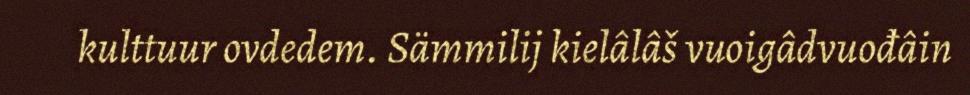
kulttuur ovdedem. Sämmilij kielâlâš vuoigâdvuođâin